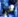
شئ